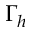
\Gamma _ { h }